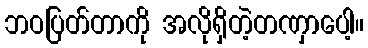
ဘဝပြတ်တာကို အလိုရှိတဲ့တဏှာပေါ့။